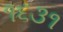
૧૬૩૧